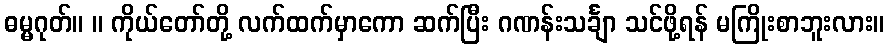
ဓမ္မဂုတ်။ ။ ကိုယ်တော်တို့ လက်ထက်မှာကော ဆက်ပြီး ဂဏန်းသင်္ချာ သင်ဖို့ရန် မကြိုးစာဘူးလား။